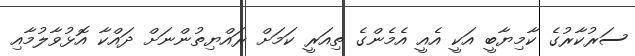
ސަރުކާރުގެ ކާމިޔާބީ އަކީ އެއީ އެމެންގެ ތިއަރީ ކަމަށް ރައްޔިތުންނަށް ދައްކާ އޮޅުވާލުމާއި